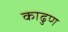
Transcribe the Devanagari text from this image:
काढुण